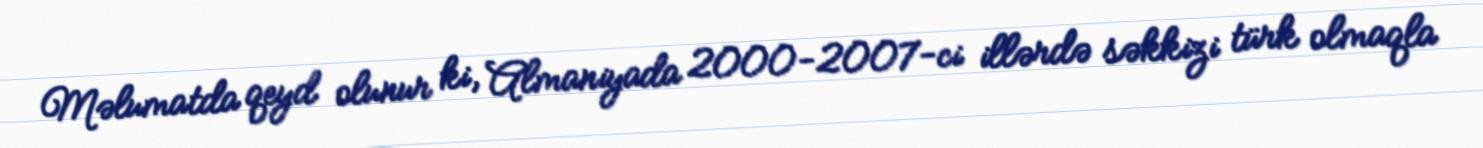
Məlumatda qeyd olunur ki, Almaniyada 2000-2007-ci illərdə səkkizi türk olmaqla